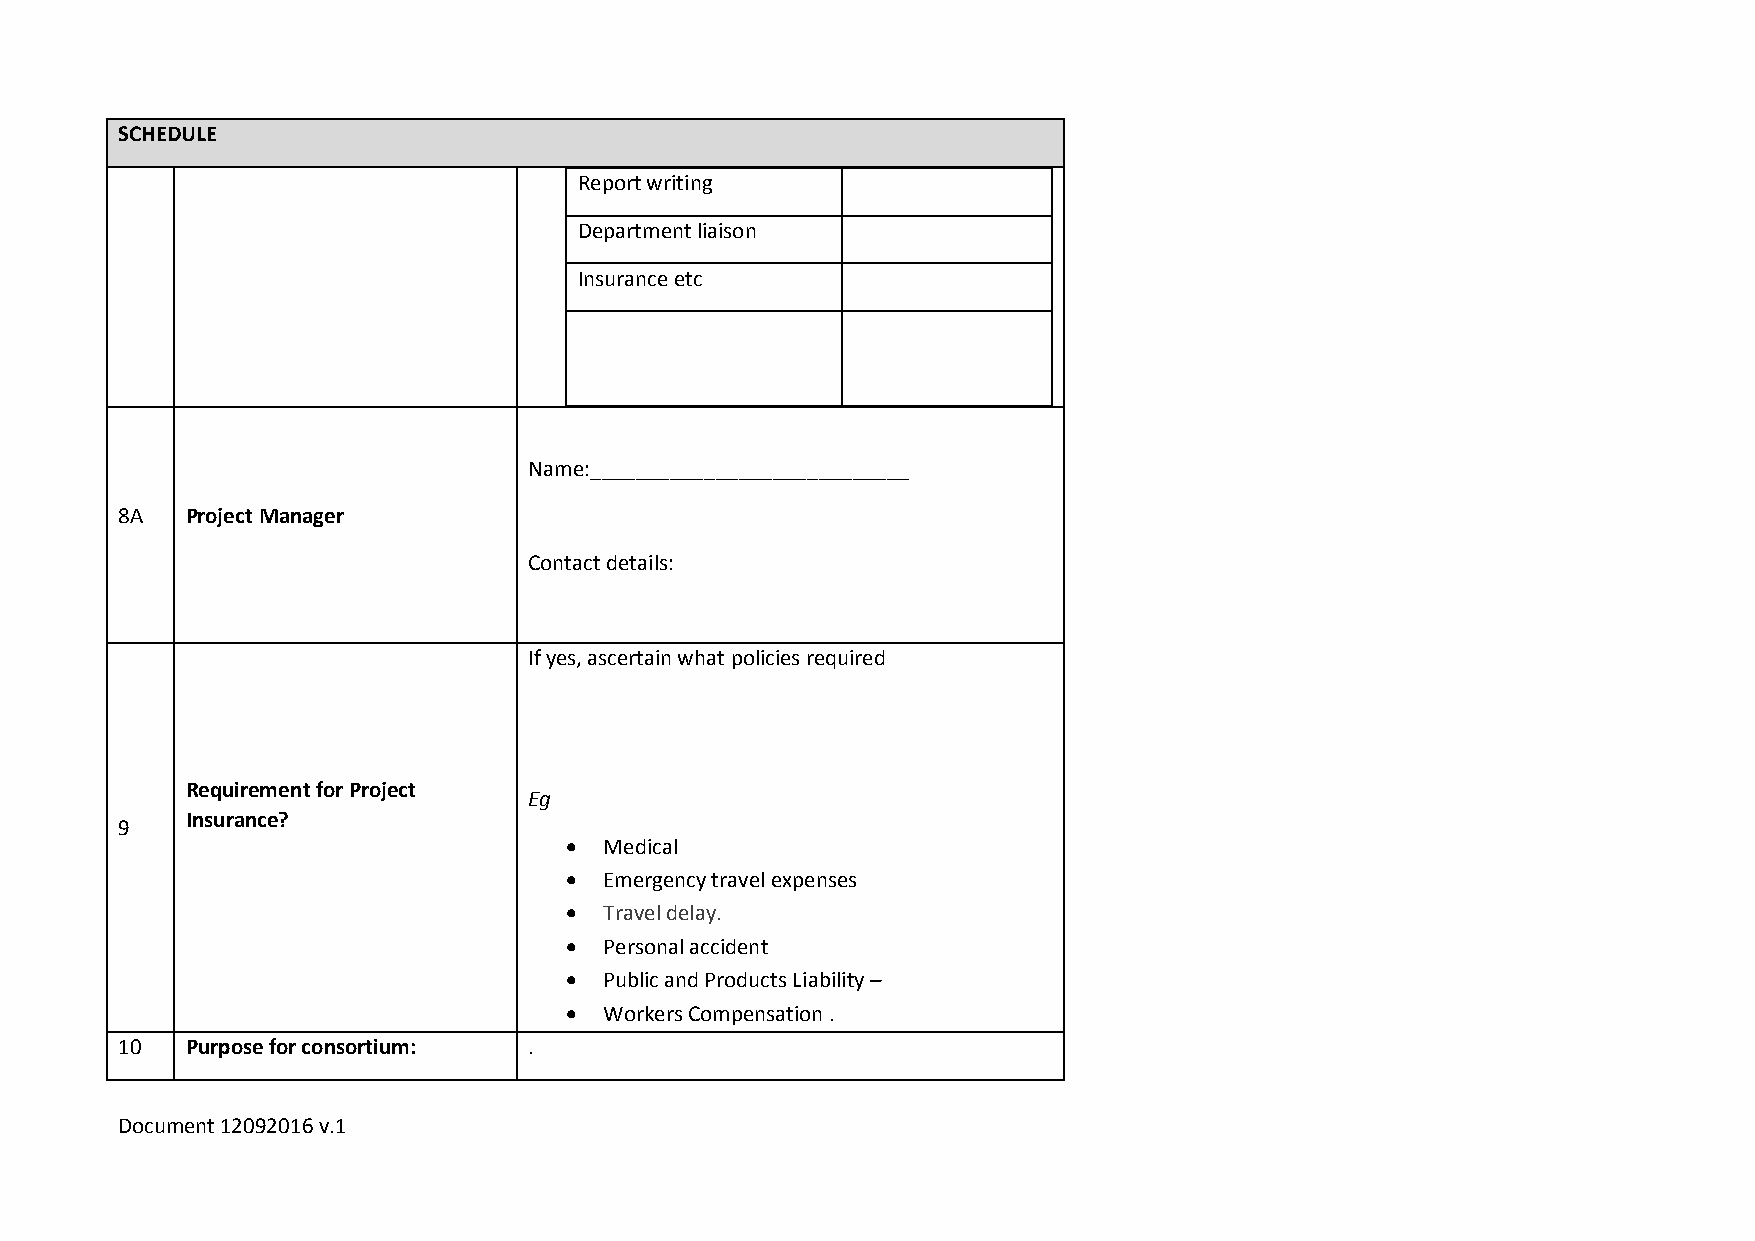
SCHEDULE
 Report writing
 Department liaison
 Insurance etc
 Name:____________________________
 8A  Project Manager
 Contact details:
 If yes, ascertain what policies required
 Requirement for Project
 Eg
 Insurance?
 9
   Medical
   Emergency travel expenses
   Travel delay.
   Personal accident
   Public and Products Liability –
   Workers Compensation .
 10  Purpose for consortium: .
 Document 12092016 v.1